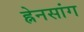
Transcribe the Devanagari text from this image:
ह्नेनसांग